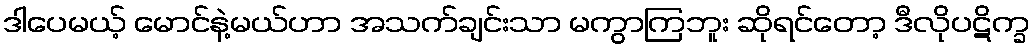
ဒါပေမယ့် မောင်နဲ့မယ်ဟာ အသက်ချင်းသာ မကွာကြဘူး ဆိုရင်တော့ ဒီလိုပဋိက္ခ